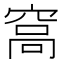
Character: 𥦮